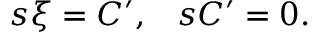
\begin{array} { l l } { { s \xi = C ^ { \prime } , } } & { { s C ^ { \prime } = 0 . } } \end{array}